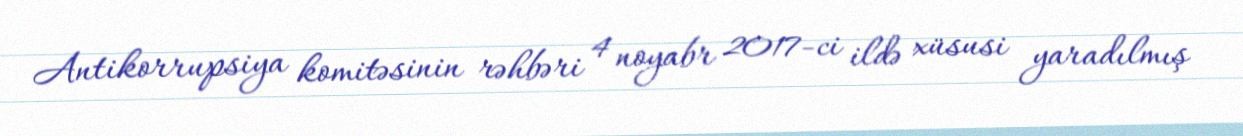
Antikorrupsiya komitəsinin rəhbəri 4 noyabr 2017-ci ildə xüsusi yaradılmış